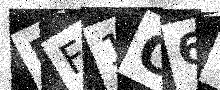
Text: PF1O6C